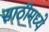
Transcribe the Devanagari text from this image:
साठीमध्ये